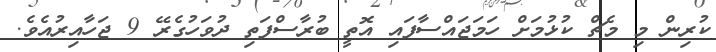
ކުރިން މި މެޗް ކުޅުމަށް ހަމަޖައްސާފައި އޮތީ ބުރާސްފަތި ދުވަހުގެރޭ 9 ޖަހާއިރުއެވެ.